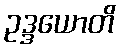
ဥဒ္ဒယောတိ